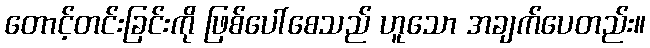
တောင့်တင်းခြင်းကို ဖြစ်ပေါ်စေသည် ဟူသော အချက်ပေတည်း။